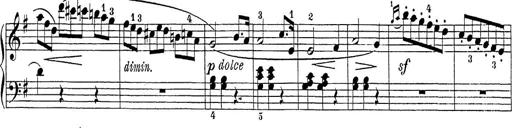
Title: Sonatina Album
Composer: Louis KÃ¶hler